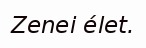
Zenei élet.